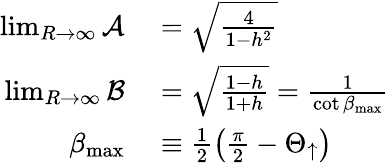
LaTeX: \begin{array}{rl}{\operatorname*{lim}_{R\rightarrow\infty}\mathcal{A}}&{{}=\sqrt{\frac{4}{1-h^{2}}}}\\ {\operatorname*{lim}_{R\rightarrow\infty}\mathcal{B}}&{{}=\sqrt{\frac{1-h}{1+h}}=\frac{1}{\cot{\beta_{\mathrm{max}}}}}\\ {\beta_{\mathrm{max}}}&{{}\equiv\frac{1}{2}\left(\frac{\pi}{2}-\Theta_{\uparrow}\right)}\end{array}